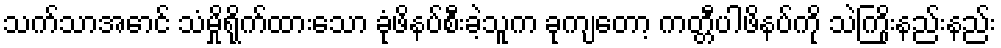
သက်သာအောင် သံမှိုရိုက်ထားသော ခုံဖိနပ်စီးခဲ့သူက ခုကျတော့ ကတ္တီပါဖိနပ်ကို သဲကြိုးနည်းနည်း